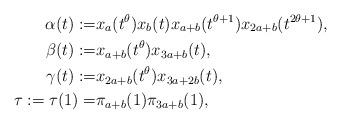
LaTeX: \begin{align*} \alpha(t):=& x_{a}(t^{\theta})x_{b}(t)x_{a+b}(t^{\theta+1})x_{2a+b}(t^{2\theta+1}),\\ \beta(t):=& x_{a+b}(t^{\theta})x_{3a+b}(t),\\ \gamma(t):=& x_{2a+b}(t^{\theta})x_{3a+2b}(t),\\ \tau:=\tau(1) =& \pi_{a+b}(1)\pi_{3a+b}(1),\end{align*}